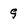
Character: 9